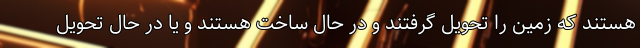
هستند که زمین را تحویل گرفتند و در حال ساخت هستند و یا در حال تحویل